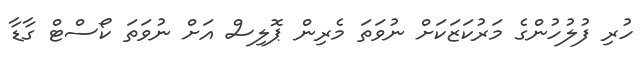
ހުރި ފުލުހުންގެ މަރުކަޒަކަށް ނުވަތަ މެރިން ޕޮލިސް އަށް ނުވަތަ ކޯސްޓް ގާޑާ